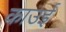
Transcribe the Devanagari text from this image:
काउई